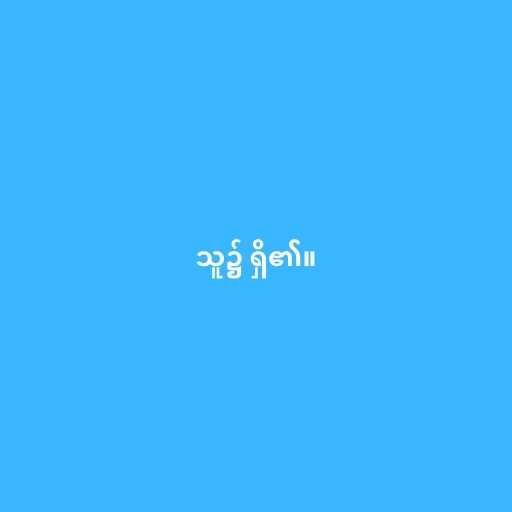
သူ၌ ရှိ၏။